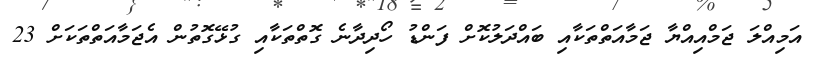
އަމިއްލަ ޖަމްއިއްޔާ ޖަމާއަތްތަކާއި ބައްދަލުކޮށް ފަންޑު ހޯދިދާނެ ގޮތްތަކާއި ގުޅޭގޮތުން އެޖަމާއަތްތަކަށް 23